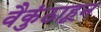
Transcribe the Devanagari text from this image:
वैकुंठाहून